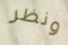
ونظر